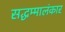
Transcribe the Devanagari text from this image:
सद्धम्मालंकार